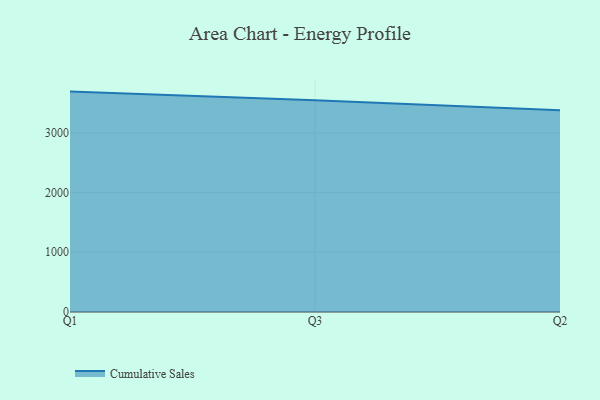
{"axis": {"x": "Quarter", "y": "Gross Profit (USD K)"}, "legend": ["Cumulative Sales"], "data": [{"x": "Q1", "y": 3690.1, "type": "Cumulative Sales"}, {"x": "Q3", "y": 3543.5, "type": "Cumulative Sales"}, {"x": "Q2", "y": 3377.6, "type": "Cumulative Sales"}]}